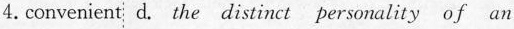
4. convenient d. the distinct personality of an